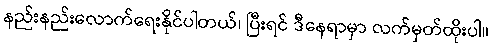
နည်းနည်းလောက်ရေးနိုင်ပါတယ်၊ ပြီးရင် ဒီနေရာမှာ လက်မှတ်ထိုးပါ။